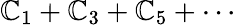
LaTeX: \mathbb{C}_{1}+\mathbb{C}_{3}+\mathbb{C}_{5}+\cdots